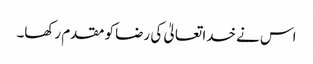
اس نے خدا تعالیٰ کی رضا کو مقدم رکھا۔